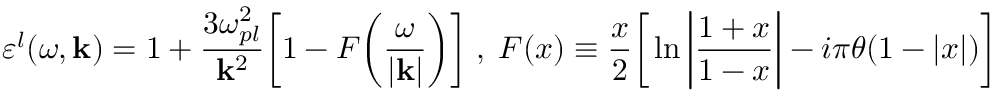
\varepsilon ^ { l } ( \omega , { \bf k } ) = 1 + \frac { 3 \omega _ { p l } ^ { 2 } } { { \bf k } ^ { 2 } } \bigg [ 1 - F \bigg ( \frac { \omega } { \vert { \bf k } \vert } \bigg ) \bigg ] \; , \; F ( x ) \equiv \frac { x } { 2 } \bigg [ \ln \bigg \vert \frac { 1 + x } { 1 - x } \bigg \vert - i \pi \theta ( 1 - \vert x \vert ) \bigg ]